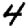
Digit: 4